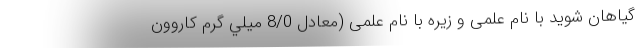
گیاهان شوید با نام علمی و زیره با نام علمی (معادل 8/0 ميلي گرم كاروون